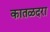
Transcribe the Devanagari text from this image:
कातळदरा